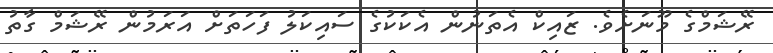
ރޭޝަމްގެ މޫނަށެވެ. ޒައިކް އެތަނުން އެކަކުގެ ސައިކަލު ފަހަތަށް އަރަމުން ރޭޝަމް ގާތު